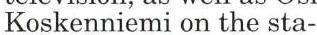
Koskenniemi on the sta-